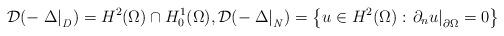
LaTeX: \begin{align*}\mathcal D(-\left. \Delta \right|_{\mathit{D}}) = H^2(\Omega) \cap H^1_0(\Omega),\mathcal D(-\left. \Delta \right|_{\mathit{N}}) = \left\{ u \in H^2(\Omega) : \left. \partial_n u\right|_{\partial \Omega} = 0 \right\}\end{align*}